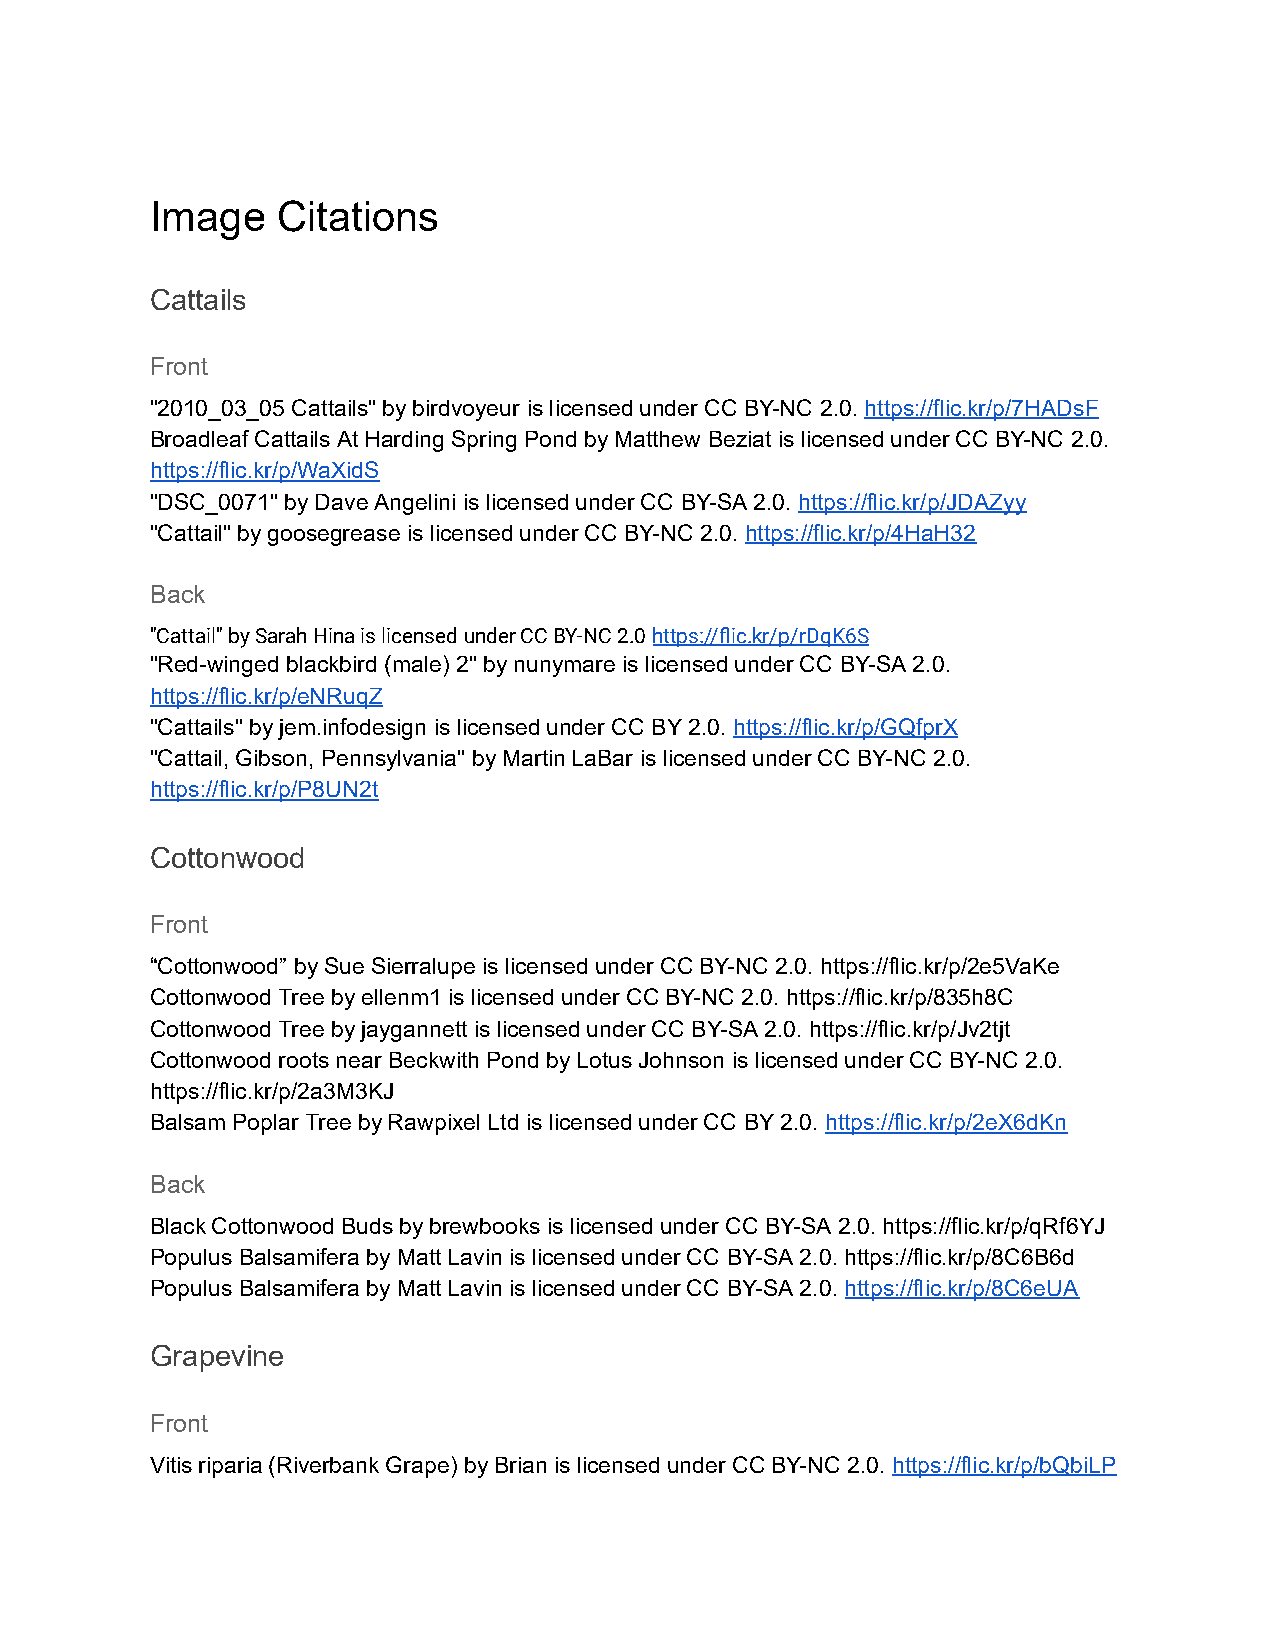
Image   C itations
 Cattails
 Front
 "2010_03_05 C attails" b y b irdvoyeur i s licensed u nder C C B Y-NC 2 .0. https://flic.kr/p/7HADsF
 Broadleaf C attails A t H arding S pring P ond b y M atthew B eziat i s l icensed u nder C C BY-NC 2 .0.
 https://flic.kr/p/WaXidS
 "DSC_0071" by D ave A ngelini is l icensed under C C B Y-SA 2 .0. https://flic.kr/p/JDAZyy
 "Cattail" by g oosegrease i s l icensed u nder C C B Y-NC 2 .0. https://flic.kr/p/4HaH32
 Back
 "Cattail" b y S arah H ina i s l icensed u nder C C B Y-NC 2 .0 https://flic.kr/p/rDqK6S
 "Red-winged b lackbird ( male) 2" by nunymare i s l icensed u nder C C B Y-SA 2 .0.
 https://flic.kr/p/eNRuqZ
 "Cattails" b y j em.infodesign i s l icensed under CC B Y 2 .0. https://flic.kr/p/GQfprX
 "Cattail, G ibson, P ennsylvania" b y M artin LaBar i s l icensed u nder C C B Y-NC 2 .0.
 https://flic.kr/p/P8UN2t
 Cottonwood
 Front
 “Cottonwood” b y S ue S ierralupe i s l icensed u nder C C BY-NC 2 .0. https://flic.kr/p/2e5VaKe
 Cottonwood T ree b y e llenm1 i s licensed under C C B Y-NC 2.0. h ttps://flic.kr/p/835h8C
 Cottonwood T ree b y j aygannett is l icensed u nder C C B Y-SA 2 .0. https://flic.kr/p/Jv2tjt
 Cottonwood r oots n ear B eckwith P ond b y L otus J ohnson is l icensed under CC B Y-NC 2.0.
 https://flic.kr/p/2a3M3KJ
 Balsam P oplar T ree b y Rawpixel Ltd i s l icensed u nder C C BY 2 .0. https://flic.kr/p/2eX6dKn
 Back
 Black C ottonwood Buds b y b rewbooks is l icensed u nder C C B Y-SA 2 .0. https://flic.kr/p/qRf6YJ
 Populus Balsamifera b y M att L avin i s l icensed under C C B Y-SA 2.0. h ttps://flic.kr/p/8C6B6d
 Populus Balsamifera b y M att L avin i s l icensed under C C B Y-SA 2.0. https://flic.kr/p/8C6eUA
 Grapevine
 Front
 Vitis r iparia ( Riverbank Grape) b y B rian is l icensed u nder C C B Y-NC 2 .0. https://flic.kr/p/bQbiLP